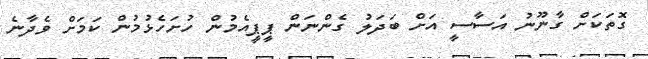
ގޮތަކަށް ގާނޫނު އަސާސީ އަށް ބަދަލު ގެންނަން ޕީޕީއެމުން ހުށަހެޅުމުން ކަމަށް ވެދާނެ